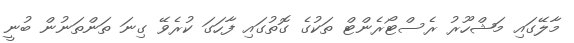
މާލޭގައި މަޝްހޫރު ރެސްޓޯރެންޓް ތަކުގެ ގޮތުގައި ފާހަގަ ކުރެވޭ ގިނަ ތަންތަނުން ބުނީ